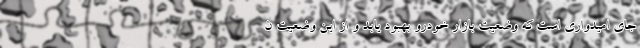
جای امیدواری است که وضعیت بازار خودرو بهبود یابد و از این وضعیت ن